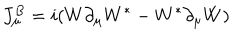
J _ { \mu } ^ { B } = i ( W \partial _ { \mu } W ^ { * } - W ^ { * } \partial _ { \mu } W )